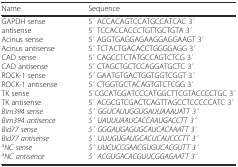
<table><thead><tr><td><b>Name</b></td><td><b>Sequence</b></td></tr></thead><tbody><tr><td>GAPDH senseantisenseAcinus senseAcinus antisenseCAD senseCAD antisenseROCK-1 senseROCK-1 antisenseTK senseTK antisense<i>Bim394 sense</i><i>Bim394 antisence</i><i>Bid77 sense</i><i>Bid77 antisense</i><sup>a</sup><i>NC sense</i><sup>a</sup><i>NC antisence</i></td><td>5 ́ ACCACAGTCCATGCCATCAC 3 ́5 ́ TCCACCACCCTGTTGCTGTA 3 ́5 ́ AGGTGAGGAGAAGGAGGAAGT 3 ́5 ́ TCTACTGACACCTGGGGAGG 3 ́5 ́ CAGCCTCTATGCCAGTCTCG 3 ́5 ́ CTAGCTGCTCCAGGATGCTC 3 ́5 ́ GAATGTGACTGGTGGTCGGT 3 ́5 ́ CTGGTGCTACAGTGTCTCGG 3 ́5 ́CGCATGGATCCCATGGCTTCGTACCCCTGC 3 ́5 ́ ACGCGTCGACTCAGTTAGCCTCCCCCATC 3 ́<i>5 ́ GGUCAUUGGUGAUUAAAUATT 3 ́</i><i>5 ́ UAUUUAAUCACCAAUGACCTT 3 ́</i><i>5 ́ GGGAUGAGUGCAUCACAAATT 3 ́</i><i>5 ́ UUUGUGAUGCACUCAUCCCTT 3 ́</i><i>5 ́ UUCUCCGAACGUGUCACGUTT 3 ́</i><i>5 ́ ACGUGACACGUUCGGAGAATT 3 ́</i></td></tr></tbody></table>